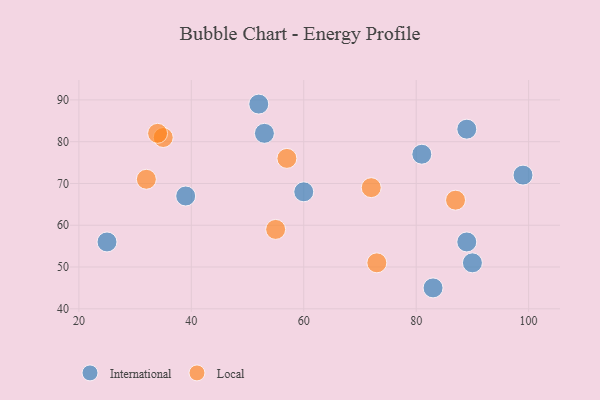
{"axis": {"x": "GDP", "y": "Life Expectancy"}, "legend": ["International", "Local"], "data": [{"x": "89", "y": 56, "type": "International"}, {"x": "90", "y": 51, "type": "International"}, {"x": "39", "y": 67, "type": "International"}, {"x": "52", "y": 89, "type": "International"}, {"x": "81", "y": 77, "type": "International"}, {"x": "53", "y": 82, "type": "International"}, {"x": "89", "y": 83, "type": "International"}, {"x": "60", "y": 68, "type": "International"}, {"x": "25", "y": 56, "type": "International"}, {"x": "83", "y": 45, "type": "International"}, {"x": "99", "y": 72, "type": "International"}, {"x": "87", "y": 66, "type": "Local"}, {"x": "55", "y": 59, "type": "Local"}, {"x": "72", "y": 69, "type": "Local"}, {"x": "35", "y": 81, "type": "Local"}, {"x": "32", "y": 71, "type": "Local"}, {"x": "57", "y": 76, "type": "Local"}, {"x": "73", "y": 51, "type": "Local"}, {"x": "34", "y": 82, "type": "Local"}]}